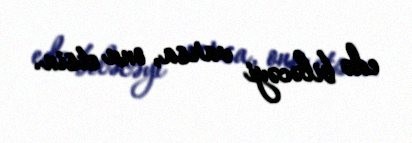
edə biləcəyi varsa, onu etsin.